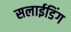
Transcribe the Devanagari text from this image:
सलाईडिंग